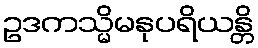
ဥဒကသ္မိမနုပရိယန္တိ